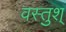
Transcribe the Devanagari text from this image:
वस्तुश्